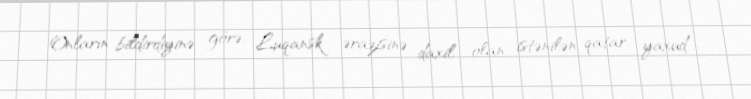
Onların bildirdiyinə görə, Luqansk ərazisinə daxil olan istənilən qatar, yaxud